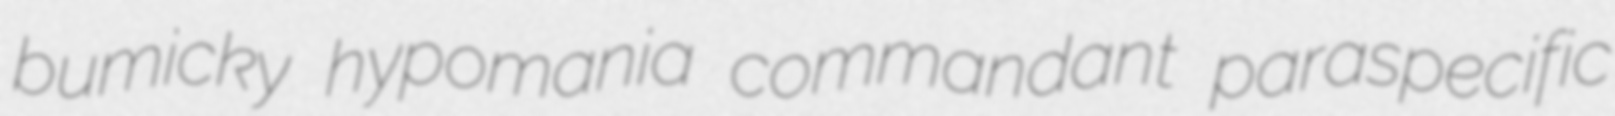
bumicky hypomania commandant paraspecific